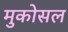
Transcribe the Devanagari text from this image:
मुकोसल